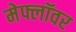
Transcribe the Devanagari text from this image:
मेफ्लॉवर